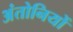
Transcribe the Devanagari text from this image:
अंतोनियों